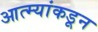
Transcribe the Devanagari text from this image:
आत्म्यांकडून